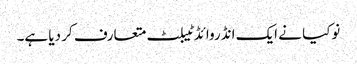
نوکیا نے ایک انڈروائڈ ٹیبلٹ متعارف کر دیا ہے۔